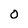
Character: 0